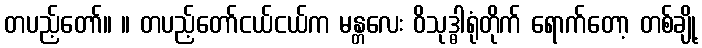
တပည့်တော်။ ။ တပည့်တော်ငယ်ငယ်က မန္တလေး ဝိသုဒ္ဓါရုံတိုက် ရောက်တော့ တစ်ချို့